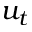
u _ { t }